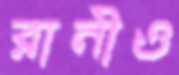
রানীও